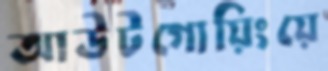
আউটগোয়িংয়ে